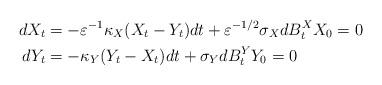
LaTeX: \begin{align*} dX_t &= -\varepsilon^{-1} \kappa_X (X_t - Y_t) dt + \varepsilon^{-1/2} \sigma_X dB^X_t X_0 = 0\\ dY_t &= -\kappa_Y (Y_t - X_t) dt + \sigma_Y dB^Y_t Y_0 = 0\end{align*}